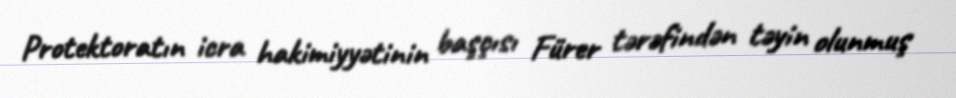
Protektoratın icra hakimiyyətinin başçısı Fürer tərəfindən təyin olunmuş